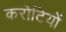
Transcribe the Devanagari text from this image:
करोटियों